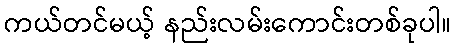
ကယ်တင်မယ့် နည်းလမ်းကောင်းတစ်ခုပါ။